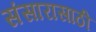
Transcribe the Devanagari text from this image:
संसारासाठी